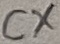
Text: CX